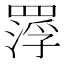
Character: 𮊑